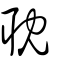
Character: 耽